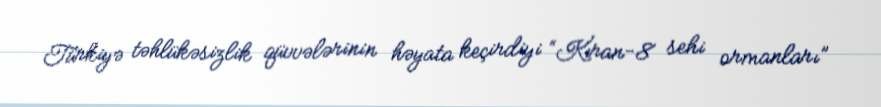
Türkiyə təhlükəsizlik qüvvələrinin həyata keçirdiyi “Kıran-8 sehi ormanları”